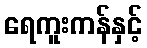
ရေကူးကန်နှင့်